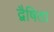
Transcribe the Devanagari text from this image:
द्वैषिता